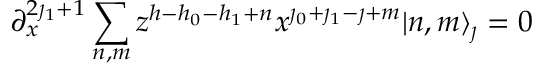
\partial _ { x } ^ { 2 \jmath _ { 1 } + 1 } \sum _ { n , m } z ^ { h - h _ { 0 } - h _ { 1 } + n } x ^ { \jmath _ { 0 } + \jmath _ { 1 } - \jmath + m } | n , m \rangle _ { \jmath } = 0